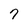
Character: 7